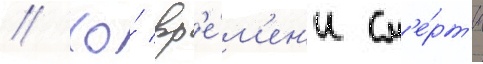
// Ко́ вр'е́м'ен'и см'е́рт'и